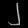
Digit: ၂